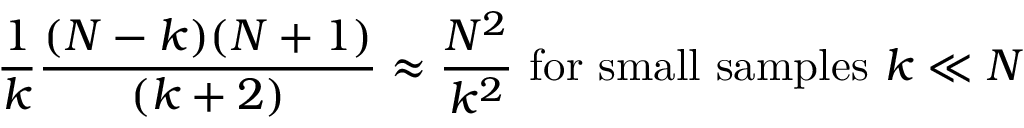
{ \frac { 1 } { k } } { \frac { ( N - k ) ( N + 1 ) } { ( k + 2 ) } } \approx { \frac { N ^ { 2 } } { k ^ { 2 } } } { \mathrm { ~ f o r ~ s m a l l ~ s a m p l e s ~ } } k \ll N